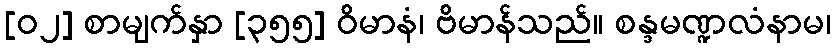
[၀၂] စာမျက်နှာ [၃၅၅] ဝိမာနံ၊ ဗိမာန်သည်။ စန္ဒမဏ္ဍလံနာမ၊